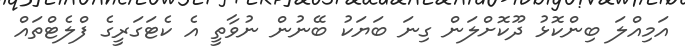
އަމިއްލަ ބިންކޮޅު ދޫކޮށްލަން ގިނަ ބަޔަކު ބޭނުން ނުވާތީ އެ ކެޓަގަރީގެ ފްލެޓްތައް